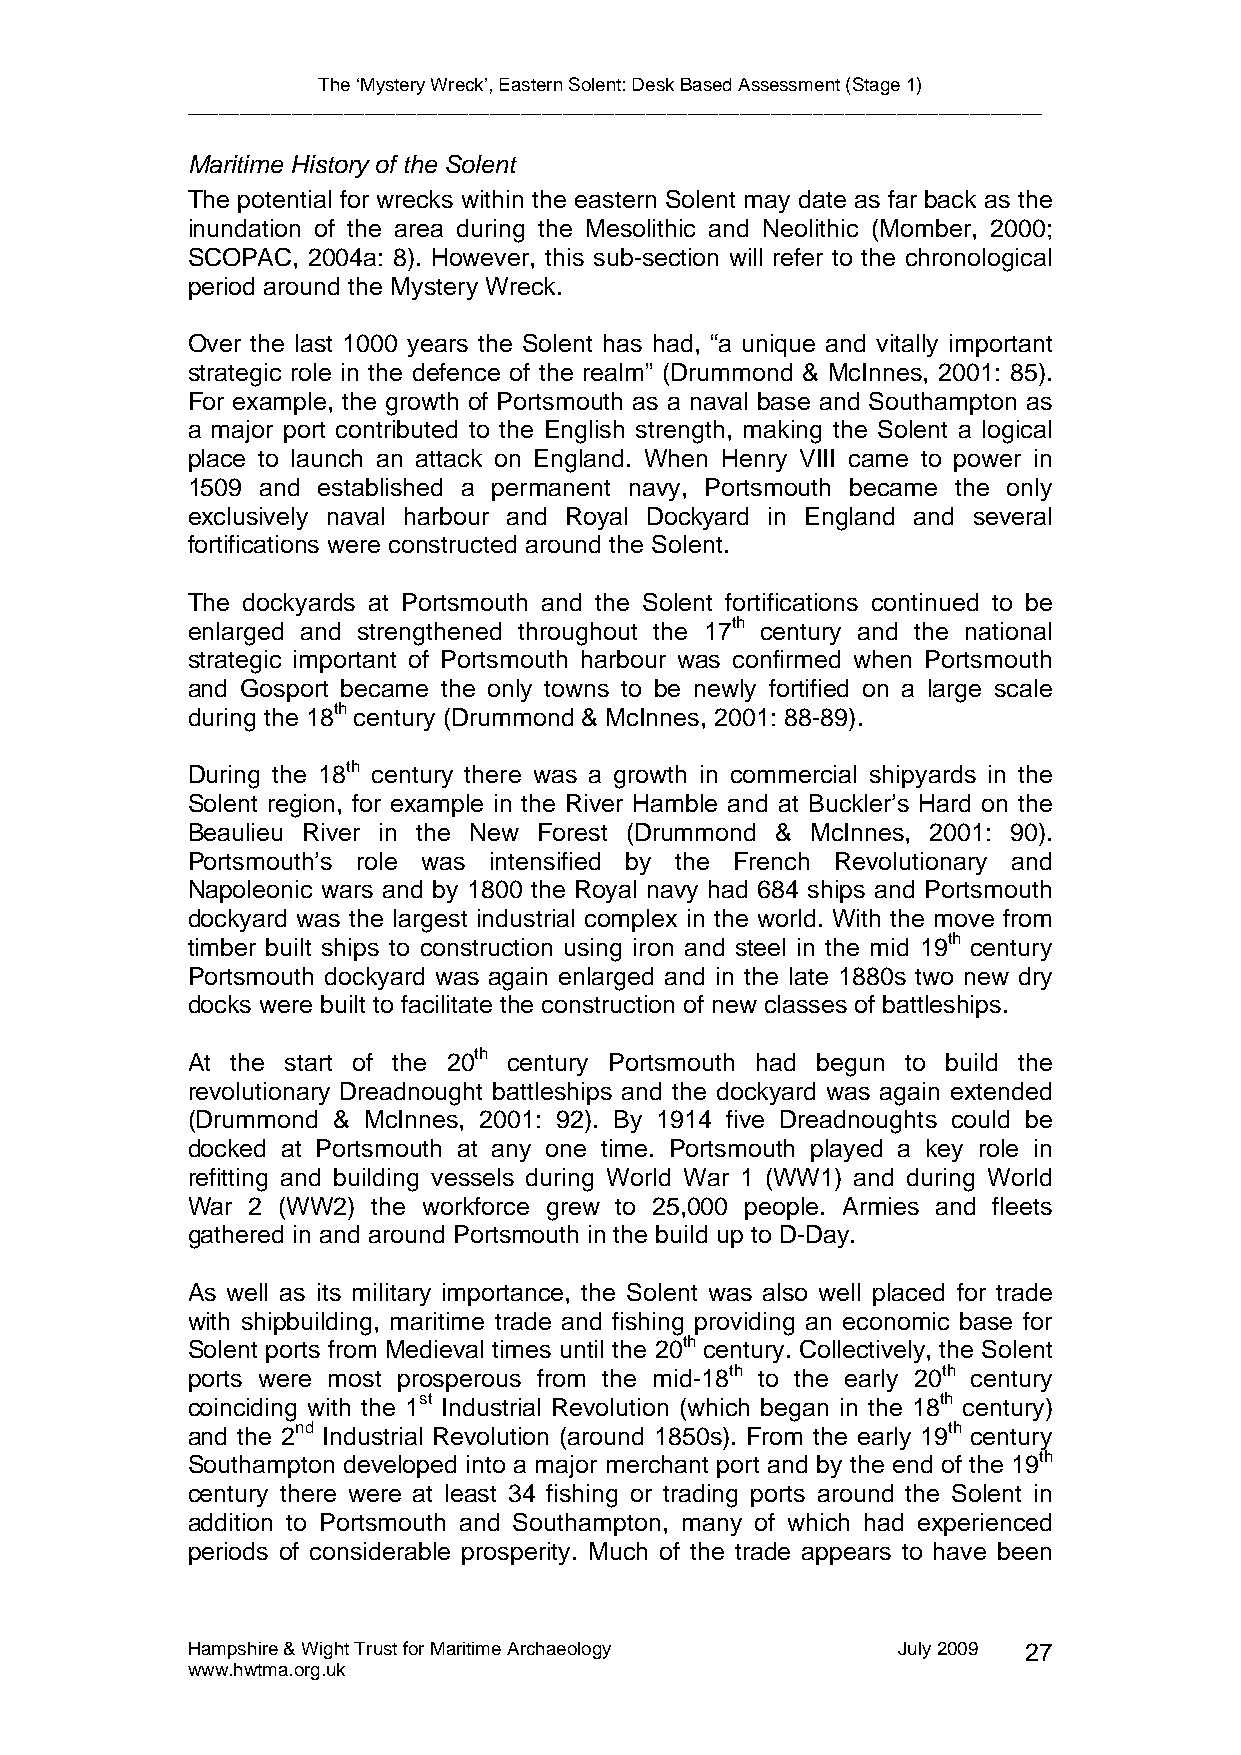
The ‘Mystery Wreck’, Eastern Solent: Desk Based Assessment (Stage 1)
 __________________________________________________________________________________
 Maritime History of the Solent
 The potential for wrecks within the eastern Solent may date as far back as the
 inundation of the area during the Mesolithic and Neolithic (Momber, 2000;
 SCOPAC, 2004a: 8). However, this sub-section will refer to the chronological
 period around the Mystery Wreck.
 Over the last 1000 years the Solent has had, “a unique and vitally important
 strategic role in the defence of the realm” (Drummond & McInnes, 2001: 85).
 For example, the growth of Portsmouth as a naval base and Southampton as
 a major port contributed to the English strength, making the Solent a logical
 place to launch an attack on England. When Henry VIII came to power in
 1509 and established a permanent navy, Portsmouth became the only
 exclusively naval harbour and Royal Dockyard in England and several
 fortifications were constructed around the Solent.
 The dockyards at Portsmouth and the Solent fortifications continued to be
 enlarged and strengthened throughout the 17th century and the national
 strategic important of Portsmouth harbour was confirmed when Portsmouth
 and Gosport became the only towns to be newly fortified on a large scale
 during the 18th century (Drummond & McInnes, 2001: 88-89).
 During the 18th century there was a growth in commercial shipyards in the
 Solent region, for example in the River Hamble and at Buckler’s Hard on the
 Beaulieu River in the New Forest (Drummond & McInnes, 2001: 90).
 Portsmouth’s role was intensified by the French Revolutionary and
 Napoleonic wars and by 1800 the Royal navy had 684 ships and Portsmouth
 dockyard was the largest industrial complex in the world. With the move from
 timber built ships to construction using iron and steel in the mid 19th century
 Portsmouth dockyard was again enlarged and in the late 1880s two new dry
 docks were built to facilitate the construction of new classes of battleships.
 At the start of the 20th century Portsmouth had begun to build the
 revolutionary Dreadnought battleships and the dockyard was again extended
 (Drummond & McInnes, 2001: 92). By 1914 five Dreadnoughts could be
 docked at Portsmouth at any one time. Portsmouth played a key role in
 refitting and building vessels during World War 1 (WW1) and during World
 War 2 (WW2)  the workforce grew to 25,000 people. Armies and fleets
 gathered in and around Portsmouth in the build up to D-Day.
 As well as its military importance, the Solent was also well placed for trade
 with shipbuilding, maritime trade and fishing providing an economic base for
 Solent ports from Medieval times until the 20th century. Collectively, the Solent
 ports were most prosperous from the mid-18th to the early 20th century
 coinciding with the 1st Industrial Revolution (which began in the 18th century)
 and the 2nd Industrial Revolution (around 1850s). From the early 19th century
 Southampton developed into a major merchant port and by the end of the 19th
 century there were at least 34 fishing or trading ports around the Solent in
 addition to Portsmouth and Southampton, many of which had experienced
 periods of considerable prosperity. Much of the trade appears to have been
 Hampshire & Wight Trust for Maritime Archaeology July 2009 27
 www.hwtma.org.uk